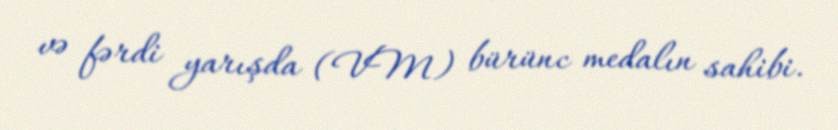
və fərdi yarışda (VM) bürünc medalın sahibi.